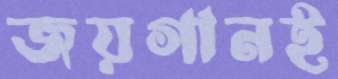
জয়গানই